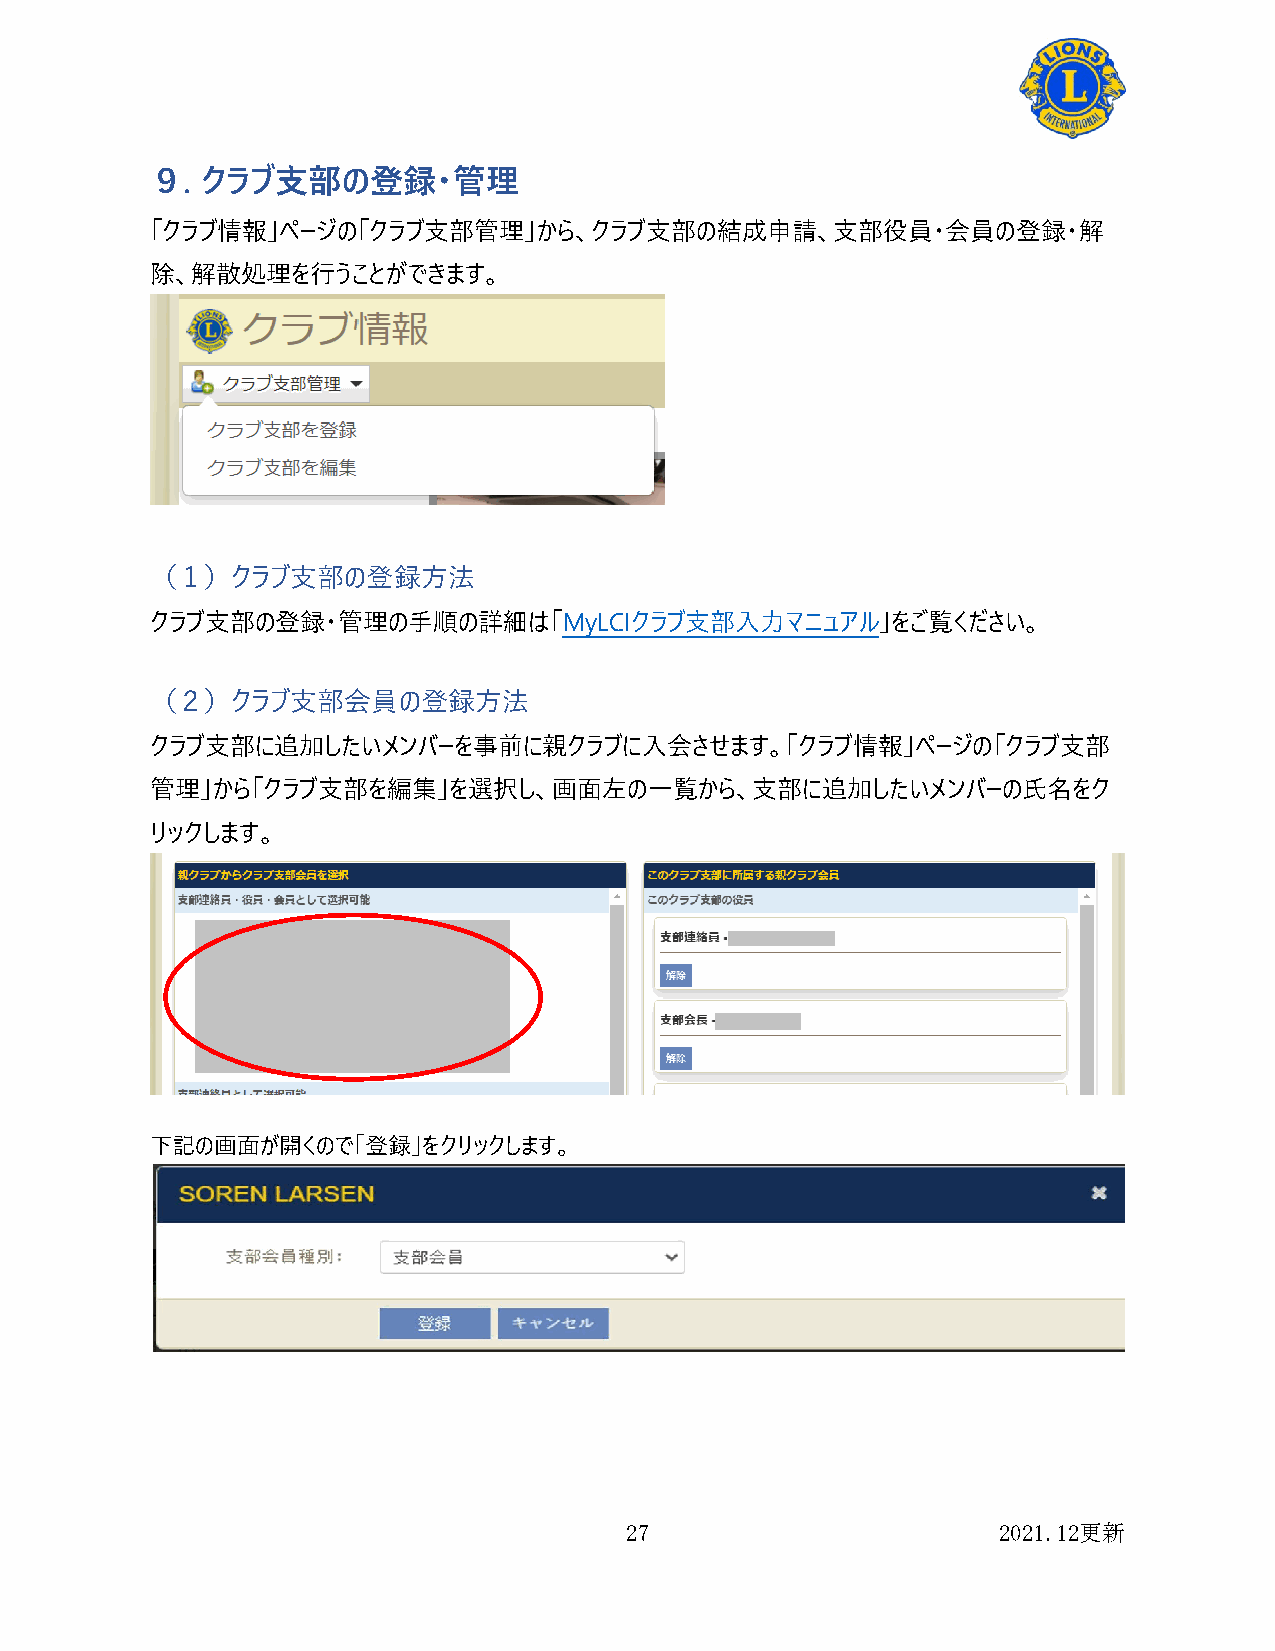
９. クラブ支部の登録・管理
 「クラブ情報」ページの「クラブ支部管理」から、クラブ支部の結成申請、支部役員・会員の登録・解
 除、解散処理を行うことができます。
 （１）クラブ支部の登録方法
 クラブ支部の登録・管理の手順の詳細は「MyLCIクラブ支部入力マニュアル」をご覧ください。
 （２）クラブ支部会員の登録方法
 クラブ支部に追加したいメンバーを事前に親クラブに入会させます。「クラブ情報」ページの「クラブ支部
 管理」から「クラブ支部を編集」を選択し、画面左の一覧から、支部に追加したいメンバーの氏名をク
 リックします。
 下記の画面が開くので「登録」をクリックします。
 27                       2021.12更新